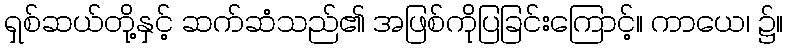
ရှစ်ဆယ်တို့နှင့် ဆက်ဆံသည်၏ အဖြစ်ကိုပြခြင်းကြောင့်။ ကာယေ၊ ၌။